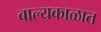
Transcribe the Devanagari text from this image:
बाल्यकाळात